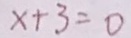
x + 3 = 0